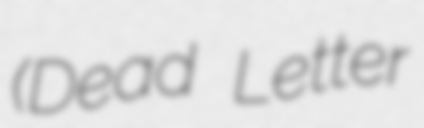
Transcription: (Dead Letter